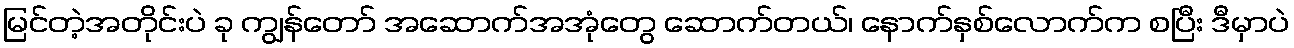
မြင်တဲ့အတိုင်းပဲ ခု ကျွန်တော် အဆောက်အအုံတွေ ဆောက်တယ်၊ နောက်နှစ်လောက်က စပြီး ဒီမှာပဲ